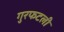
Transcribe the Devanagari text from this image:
गुरफटली